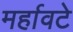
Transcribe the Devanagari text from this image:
मर्हावटे